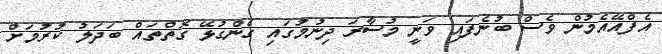
އެފްއޭއެމުން ވެސް ބުނެފައި ވަނީ މުސާރަ ދިނުމުގައި ގެންގުޅޭ ގޮތްތައް ބަދަލު ކުރުމަށް